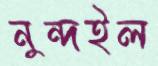
নুন্দইল